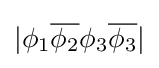
|\phi _{1}{\overline {\phi _{2}}}\phi _{3}{\overline {\phi _{3}}}|